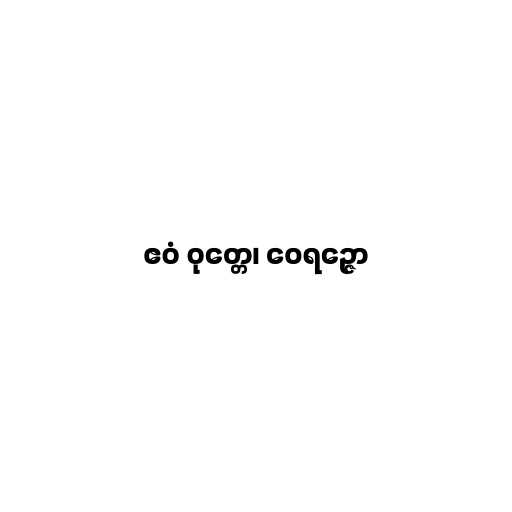
ဧဝံ ဝုတ္တေ၊ ဝေရဉ္ဇော